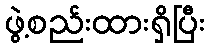
ဖွဲ့စည်းထားရှိပြီး